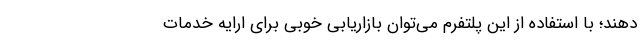
دهند؛ با استفاده از این پلتفرم می‌توان بازاریابی خوبی برای ارایه خدمات